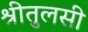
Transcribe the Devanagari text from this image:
श्रीतुलसी